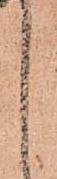
之